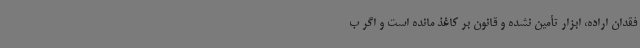
فقدان اراده، ابزار تأمین‌ نشده و قانون بر کاغذ مانده است و اگر ‌ب